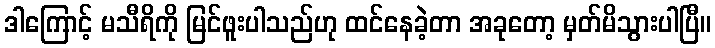
ဒါကြောင့် မသီရိကို မြင်ဖူးပါသည်ဟု ထင်နေခဲ့တာ အခုတော့ မှတ်မိသွားပါပြီ။